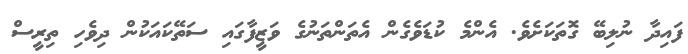
ފައިދާ ނުލިބޭ ގޮތަކަށެވެ. އެންމެ ކުޑަވެގެން އެތަންތަނުގެ ވަޒީފާގައި ސަތޭކައަކުން ދިވެހި ތިރީސް